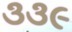
૩૩૯